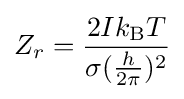
Z_{r}={\frac {2Ik_{\text{B}}T}{\sigma ({\frac {h}{2\pi }})^{2}}}